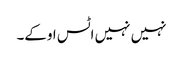
نہیں نہیں اٹس اوکے۔